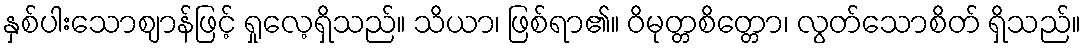
နှစ်ပါးသောဈာန်ဖြင့် ရှုလေ့ရှိသည်။ သိယာ၊ ဖြစ်ရာ၏။ ဝိမုတ္တစိတ္တော၊ လွတ်သောစိတ် ရှိသည်။